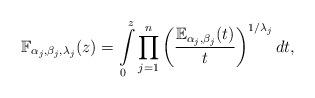
LaTeX: \begin{align*}\mathbb{F}_{\alpha _{j},\beta _{j},\lambda_{j}}(z)=\int\limits_{0}^{z}\prod_{j=1}^{n}\left( \frac{\mathbb{E}_{\alpha_{j},\beta _{j}}(t)}{t}\right) ^{1/\lambda _{j}}dt, \end{align*}